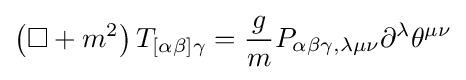
\left(\Box +m^{2}\right)T_{[\alpha \beta ]\gamma }={\frac {g}{m}}P_{\alpha \beta \gamma ,\lambda \mu \nu }\partial ^{\lambda }\theta ^{\mu \nu }